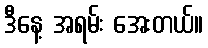
ဒီနေ့ အရမ်း အေးတယ်။